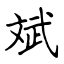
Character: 斌